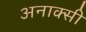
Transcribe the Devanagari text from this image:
अनाक्सी